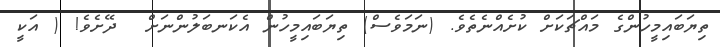
ތިޔަބައިމީހުންގެ މައްޗަކަށް ކުށެއްނެތެވެ. (ނަމަވެސް) ތިޔަބައިމީހުން އެކަނބަލުންނަށް  ދޭށެވެ! ( އަކީ